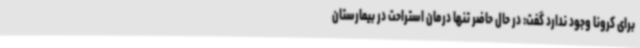
برای کرونا وجود ندارد گفت: در حال حاضر تنها درمان استراحت در بیمارستان